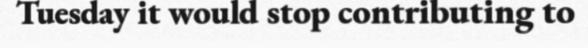
Tuesday it would stop contributing to